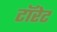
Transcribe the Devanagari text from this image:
टॉरेट